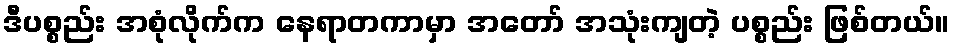
ဒီပစ္စည်း အစုံလိုက်က နေရာတကာမှာ အတော် အသုံးကျတဲ့ ပစ္စည်း ဖြစ်တယ်။